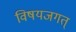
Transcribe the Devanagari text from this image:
विषयजगत्